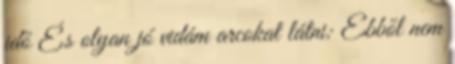
idő És olyan jó vidám arcokat látni: Ebből nem